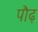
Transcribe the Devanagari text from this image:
पौढ़